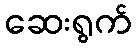
ဆေးရွက်